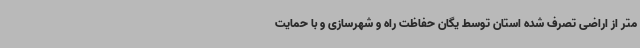
متر از اراضی تصرف شده استان توسط یگان حفاظت راه و شهرسازی و با حمایت